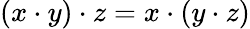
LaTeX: (x\cdot y)\cdot z=x\cdot(y\cdot z)